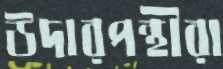
উদারপন্থীরা